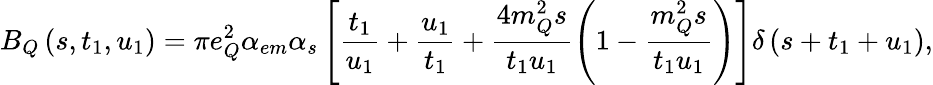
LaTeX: B_{Q}\left(s,t_{1},u_{1}\right)=\pi e_{Q}^{2}\alpha_{em}\alpha_{s}\left[\frac{t_{1}}{u_{1}}+\frac{u_{1}}{t_{1}}+\frac{4m_{Q}^{2}s}{t_{1}u_{1}}\left(1-\frac{m_{Q}^{2}s}{t_{1}u_{1}}\right)\right]\delta\left(s+t_{1}+u_{1}\right),